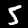
Label: 5